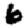
Digit: 6